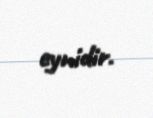
eynidir.